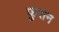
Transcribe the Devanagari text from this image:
फुरान